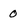
Character: 0